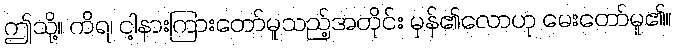
ဤသို့။ ကိရ၊ ငါ့နားကြားတော်မူသည့်အတိုင်း မှန်၏လောဟု မေးတော်မူ၏။